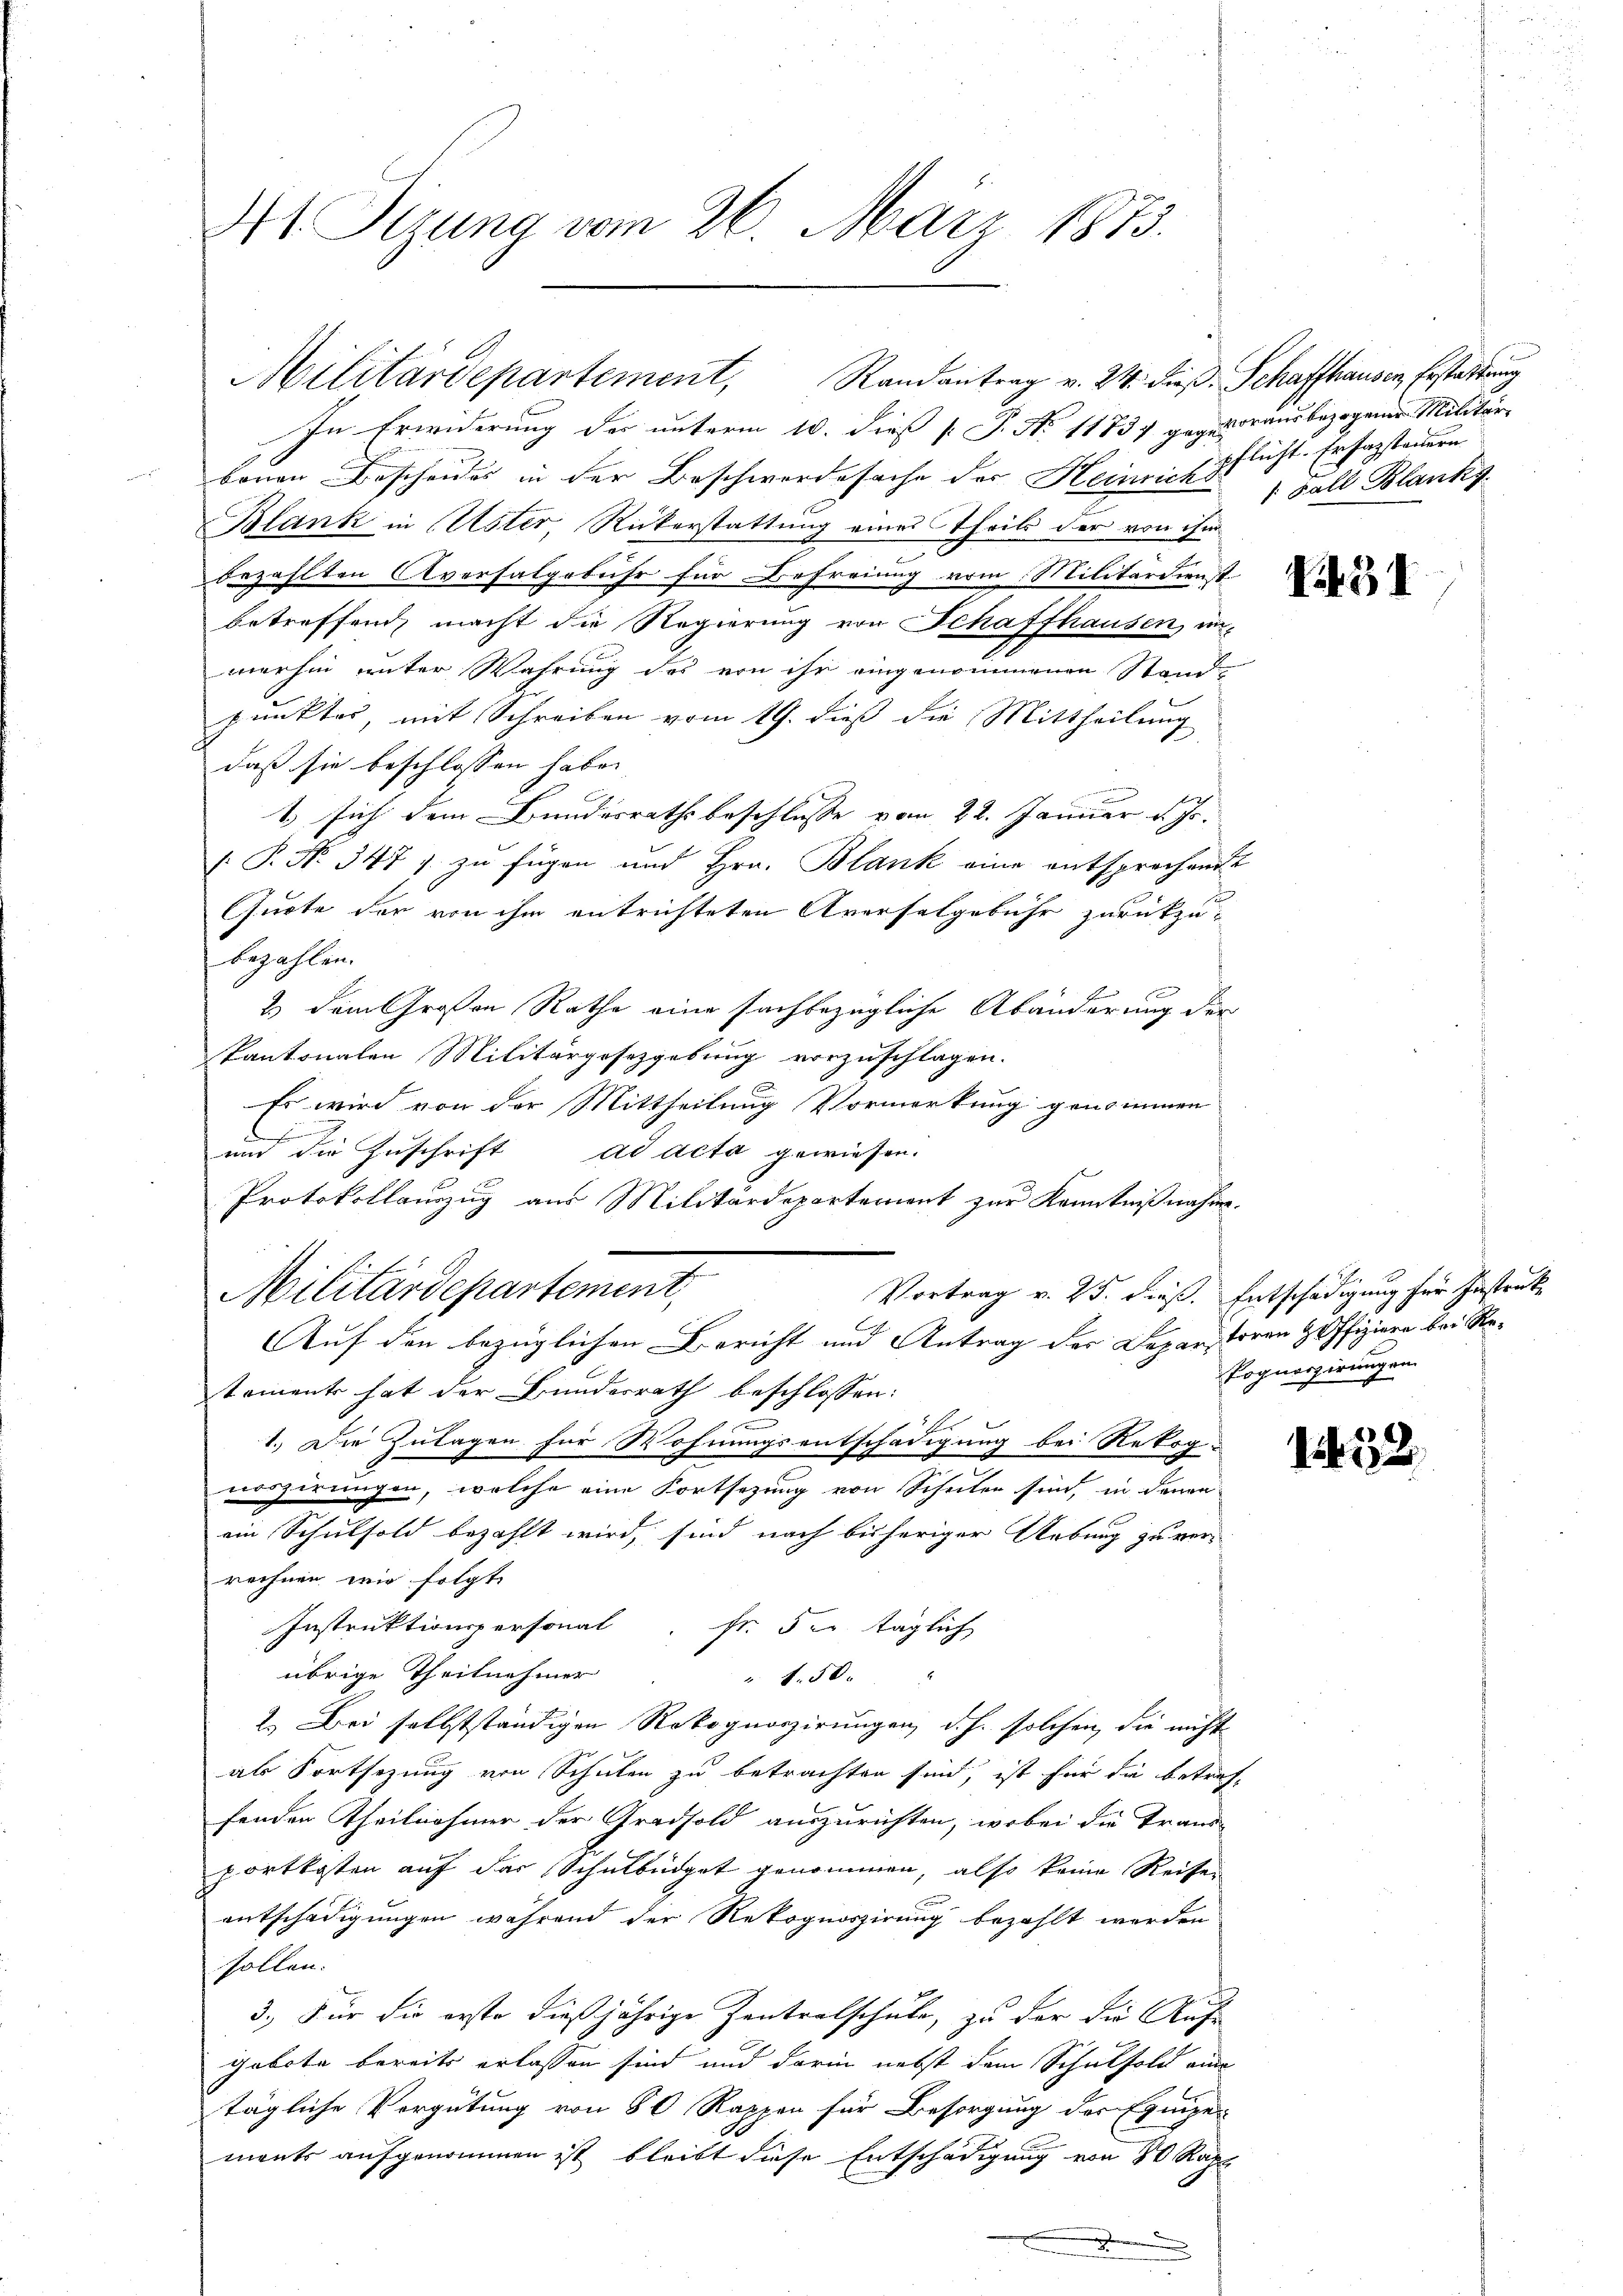
4t Sizung vom 26. März 1873.

Militärdepartement, Randantrag v. 24. dieß. Schaffhausen, Erstattung

In Erwiderung der unterm 10. dieß P. J. No 11731 gegen draus bezogener Militär-
boren Bescheides in der Beschwerdesache der Heinricht Fall Blanks
Blank in Uster Rickerstattung eines Theils der von ihm
2
bezahlten Aversalgebühr für Befreiung vom Militärdienst
betreffend macht die Regierung von Schaffhausen, un-
merhin unter Wahrung des von ihr eingenommenen Standpunktes mit Schreiben vom 19. dieß die Mittheilung
daß sie beschlossen habe.
1 sich dem Bundesrathsbeschlusse vom 22. Januar d. Js.
[: P. No 347 J. zu fügen und Hrn. Blank eine entsprechende
Quote der von ihm entrichteten Averselgebühr zurückzubezahlen.
& dem Großen Rathe eine sachbezügliche Abänderung der
kantonalen Militärgesetzgebung vorzuschlagen.
Es wird von der Mittheilung Vormerkung genommen

und die Zuschrift ad acta gewiesen.
Protokollauszug aus Militärdepartement zur Kenntnißnahme.
Militärdepartement,
Vortrag v. 25. dieß. Entschädigung für Instruk
tements hat der Bundesrath beschlossen:
1.) Die Zulagen für Wohnungsentschädigung bei Rekog-
noszirungen, welche eine Fortsezung von Schulen sind, in denen
ein Schulsold bezahlt wird, sind nach bisheriger Uebung zu ver-
rechnen wir folgt. |
Instruktionspersonal. Fr. 5. täglich
übrige Theilnehmer
" 1.50
2.) Bei selbstständigen Rekognoszirungen, d. h. solchen, die nicht
als Fortsezung von Schulen zu betrachten sind, ist für die betreffenden Theilnahmer der Gradsold auszurichten, wobei die Trand-
portkosten auf das Schulbüdget genommen, also keine Reisen
entschädigungen während der Rekognoszirung bezahlt werden
sollen.
3.) Für die erste dießjährige Zentralschule, zu der die Auf-
gebote bereits erlassen sind und darin nebst dem Schulsold eine
tägliche Vergütung von 80 Rappen für Besorgung der Equipe
ments aufgenommen ist bleibt diese Entschädigung von 80 Raph
a

Auf den bezüglichen Bericht und Antrag der Departoren Hoffiziere bei Re¬

pflicht. Er fassteuern

731

1453

Pognerirungen.